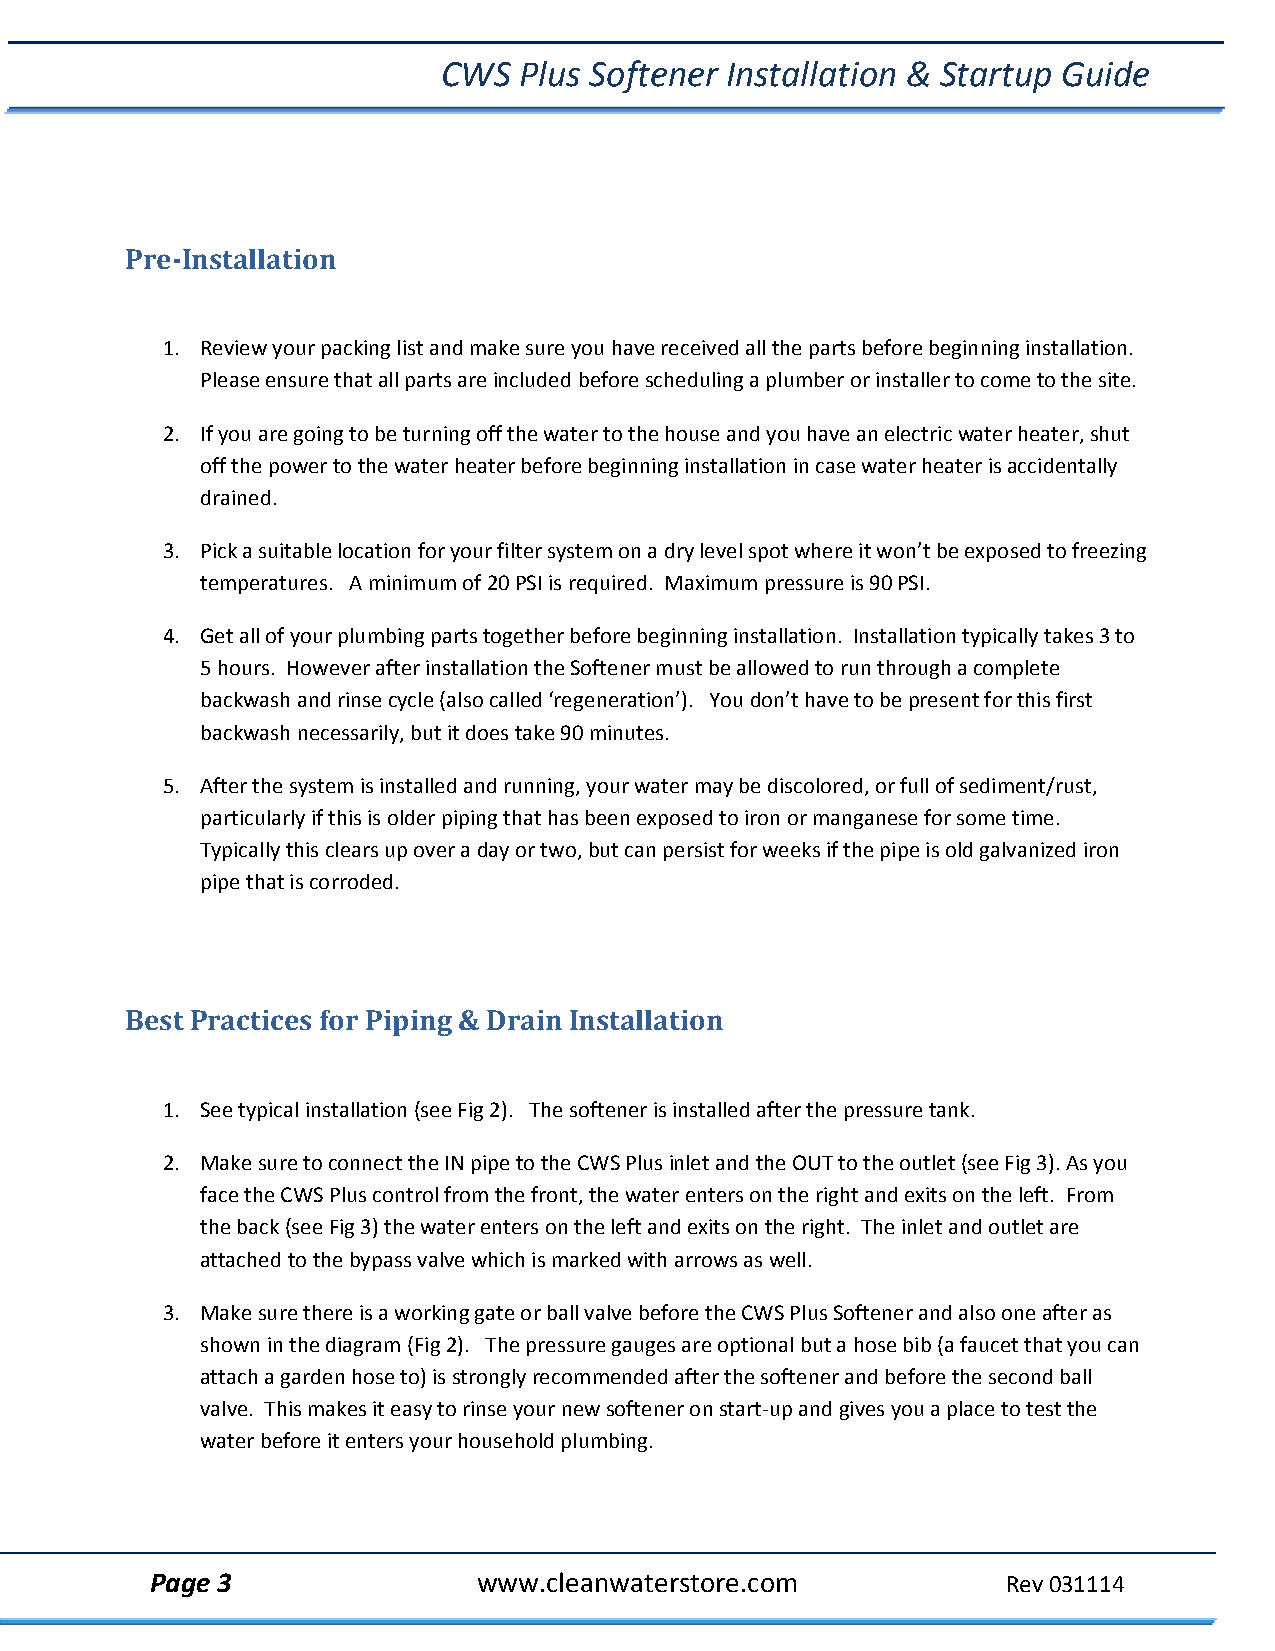
CWS  Plus Softener Installation & Startup Guide
 Pre‐Installation
 1. Review your packing list and make sure you have received all the parts before beginning installation.
 Please ensure that all parts are included before scheduling a plumber or installer to come to the site.
 2. If you are going to be turning off the water to the house and you have an electric water heater, shut
 off the power to the water heater before beginning installation in case water heater is accidentally
 drained.
 3. Pick a suitable location for your filter system on a dry level spot where it won’t be exposed to freezing
 temperatures. A minimum of 20 PSI is required. Maximum pressure is 90 PSI.
 4. Get all of your plumbing parts together before beginning installation. Installation typically takes 3 to
 5 hours. However after installation the Softener must be allowed to run through a complete
 backwash and rinse cycle (also called ‘regeneration’). You don’t have to be present for this first
 backwash necessarily, but it does take 90 minutes.
 5. After the system is installed and running, your water may be discolored, or full of sediment/rust,
 particularly if this is older piping that has been exposed to iron or manganese for some time.
 Typically this clears up over a day or two, but can persist for weeks if the pipe is old galvanized iron
 pipe that is corroded.
 Best Practices for Piping & Drain Installation
 1. See typical installation (see Fig 2). The softener is installed after the pressure tank.
 2. Make sure to connect the IN pipe to the CWS Plus inlet and the OUT to the outlet (see Fig 3). As you
 face the CWS Plus control from the front, the water enters on the right and exits on the left. From
 the back (see Fig 3) the water enters on the left and exits on the right. The inlet and outlet are
 attached to the bypass valve which is marked with arrows as well.
 3. Make sure there is a working gate or ball valve before the CWS Plus Softener and also one after as
 shown in the diagram (Fig 2). The pressure gauges are optional but a hose bib (a faucet that you can
 attach a garden hose to) is strongly recommended after the softener and before the second ball
 valve. This makes it easy to rinse your new softener on start‐up and gives you a place to test the
 water before it enters your household plumbing.
 Page 3                www.cleanwaterstore.com            Rev 031114